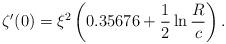
LaTeX: \begin{align*}\zeta'(0)=\xi^2\left(0.35676+\frac{1}{2}\ln\frac{R}{c}\right).\end{align*}